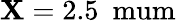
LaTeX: \mathbf{X}=2.5~\mathrm{{\ mum}}